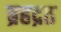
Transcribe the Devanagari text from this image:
ब्रहद्रत